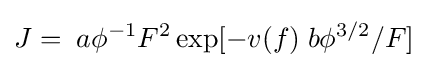
J=\;a{\phi ^{-1}}F^{2}\exp[-v(f)\;b\phi ^{3/2}/F]